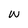
Character: W